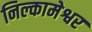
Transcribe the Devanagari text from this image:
निल्कामेश्वर